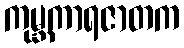
ကုမ္ဘကာရဇာတက